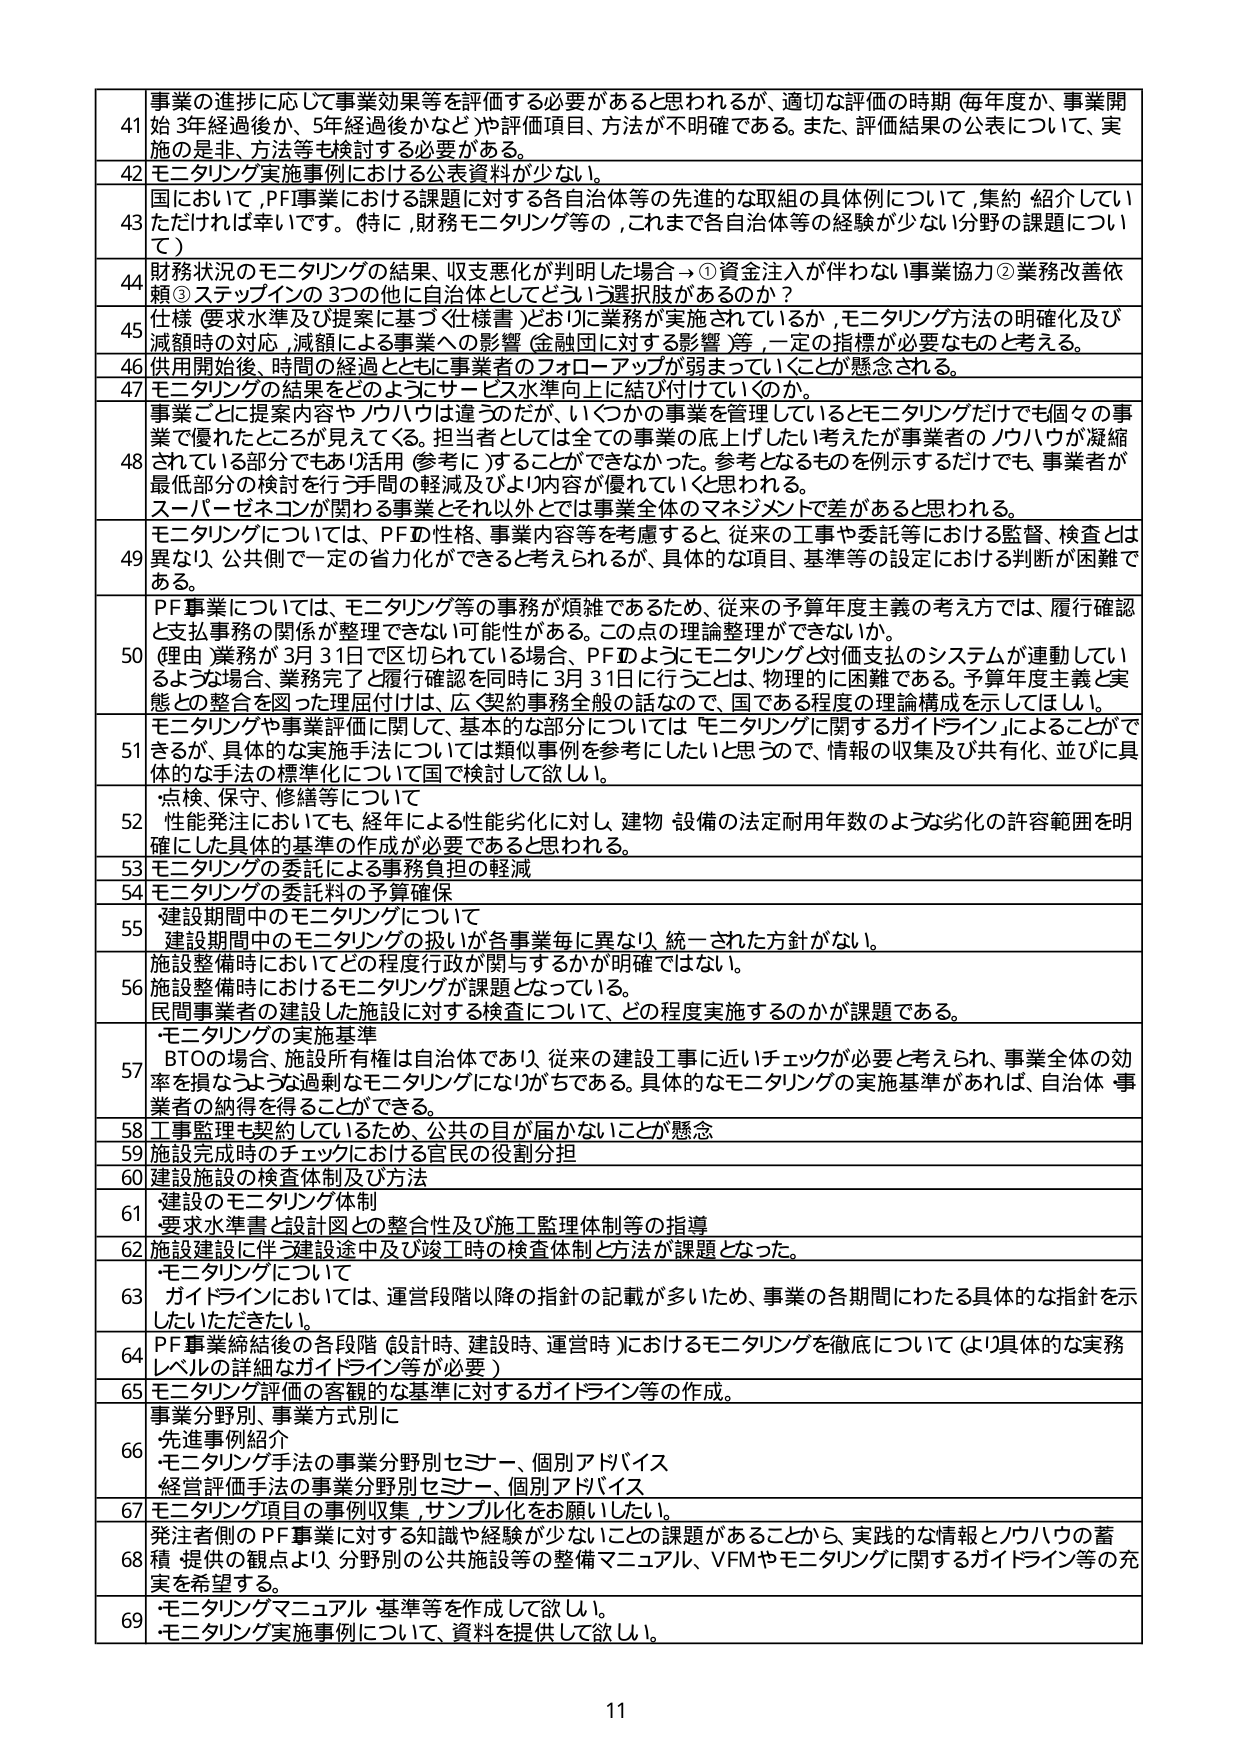
41 事業の進捗に応じて事業効果等を評価する必要があると思われるが、適切な評価の時期（毎年度か、事業開始3年経過後か、5年経過後かなど）や評価項目、方法が不明確である。また、評価結果の公表について、実施の是非、方法等も検討する必要がある。

42 モニタリング実施事例における公表資料が少ない。

43 国において、PF事業における課題に対する各自治体等の先進的な取組の具体例について、集約・紹介していただければ幸いです。（特に、財務モニタリング等の、これまで各自治体等の経験が少ない分野の課題について）

44 財務状況のモニタリングの結果、収支悪化が判明した場合→①資金注入が伴わない事業協力②業務改善依頼③ステップインの3つの他に自治体としてどういった選択肢があるのか？

45 仕様（要求水準及び提案に基づく仕様書）どおりに業務が実施されているか、モニタリング方法の明確化及び減額時の対応、減額による事業への影響（金融団に対する影響）等、一定の指標が必要なものと考える。

46 供用開始後、時間の経過とともに事業者のフォローアップが弱まっていくことが懸念される。

47 モニタリングの結果をどのようにサービス水準向上に結び付けていくのか。

48 事業ごとに提案内容やノウハウは違うのだが、いくつかの事業を管理しているとモニタリングだけでも個々の事業で優れたところが見えてくる。担当者としては全ての事業の底上げしたい考えたが事業者のノウハウが凝縮されている部分でもあり活用（参考に）することができなかった。参考となるものを例示するだけでも、事業者が最低部分の検討を行う手間の軽減及びより内容が優れていると思われる。スーパーゼネコンが関わる事業とそれ以外では事業全体のマネジメントで差があると思われる。

49 モニタリングについては、PFの性格、事業内容等を考慮すると、従来の工事や委託等における監督、検査とは異なり、公共側で一定の省力化ができると考えられるが、具体的な項目、基準等の設定における判断が困難である。

50 PF事業については、モニタリング等の事務が煩雑であるため、従来の予算年度主義の考え方では、履行確認と支払事務の関係が整理できない可能性がある。この点の理論整理ができないか。（理由：業務が3月31日で区切られている場合、PFのようにモニタリングと対価支払のシステムが連動しているような場合、業務完了と履行確認を同時に3月31日に行うことは、物理的に困難である。予算年度主義と実態との整合を図った履行届けは、広く契約事務全般の話なので、国である程度の理論論構成を示してほしい。）

51 モニタリングや事業評価に関して、基本的な部分については「モニタリングに関するガイドライン」によることができるが、具体的な実施手法については類似事例を参考にしたいと思うので、情報の収集及び共有化、並びに具体的な手法の標準化について国で検討して欲しい。

52 点検、保守、修繕等について
性能発注においても、経年による性能劣化に対し、建物・設備の法定耐用年数のような劣化の許容範囲を明確にした具体的基準の作成が必要であると思われる。

53 モニタリングの委託による事務負担の軽減

54 モニタリングの委託料の予算確保

55 建設期間中のモニタリングについて
建設期間中のモニタリングの扱いが各事業毎に異なり、統一された方針がない。

56 施設整備時においてどの程度行政が関与するかが明確ではない。
施設整備時におけるモニタリングが課題となっている。
民間事業者の建設した施設に対する検査について、どの程度実施するのかが課題である。

57 モニタリングの実施基準
BTOの場合、施設所有権は自治体であり、従来の建設工事に近いチェックが必要と考えられ、事業全体の効率を損なうような過剰なモニタリングになりがちである。具体的なモニタリングの実施基準があれば、自治体・事業者の納得を得ることができる。

58 工事監理も契約しているため、公共の目が届かないことが懸念

59 施設完成時のチェックにおける官民の役割分担

60 建設施設の検査体制及び方法

61 建設のモニタリング体制
要求水準書と設計図との整合性及び施工監理体制等の指導

62 施設建設に伴う建設途中及び竣工時の検査体制と方法が課題となった。

63 モニタリングについて
ガイドラインにおいては、運営段階以降の指針の記載が多いため、事業の各期間にわたる具体的な指針を示していただきたい。

64 PF事業締結後の各段階（設計時、建設時、運営時）におけるモニタリングを徹底について（より具体的な実務レベルの詳細なガイドライン等が必要）

65 モニタリング評価の客観的な基準に対するガイドライン等の作成。

66 事業分野別、事業方式別に
先進事例紹介
・モニタリング手法の事業分野別セミナー、個別アドバイス
・経営評価手法の事業分野別セミナー、個別アドバイス

67 モニタリング項目の事例収集、サンプル化をお願いしたい。

68 発注者側のPF事業に対する知識や経験が少ないことの課題があることから、実践的な情報とノウハウの蓄積・提供の観点より、分野別の公共施設等の整備マニュアル、VFMやモニタリングに関するガイドライン等の充実を希望する。

69 ・モニタリングマニュアル・基準等を作成して欲しい。
・モニタリング実施事例について、資料を提供して欲しい。

11